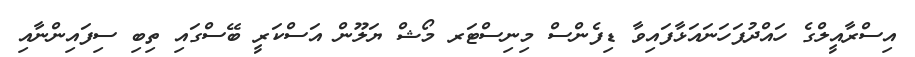
އިސްރާއީލްގެ ހައްދުފަހަނައަޅާފައިވާ ޑިފެންސް މިނިސްޓަރ މޯޝް ޔަލޫން އަސްކަރީ ބޭސްގައި ތިބި ސިފައިންނާއި